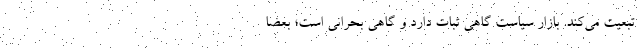
تبعیت می‌کند. بازار سیاست گاهی ثبات دارد و گاهی بحرانی است؛ بعضاً